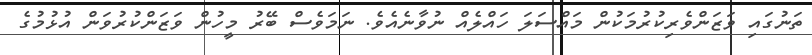
ތަނުގައި ވަޒަންވެރިކުރުމަކުން މައްސަލަ ހައްލެއް ނުވާނެއެވެ. ނަމަވެސް ބޭރު މީހުން ވަޒަންކުރުވަން އުޅުމުގެ